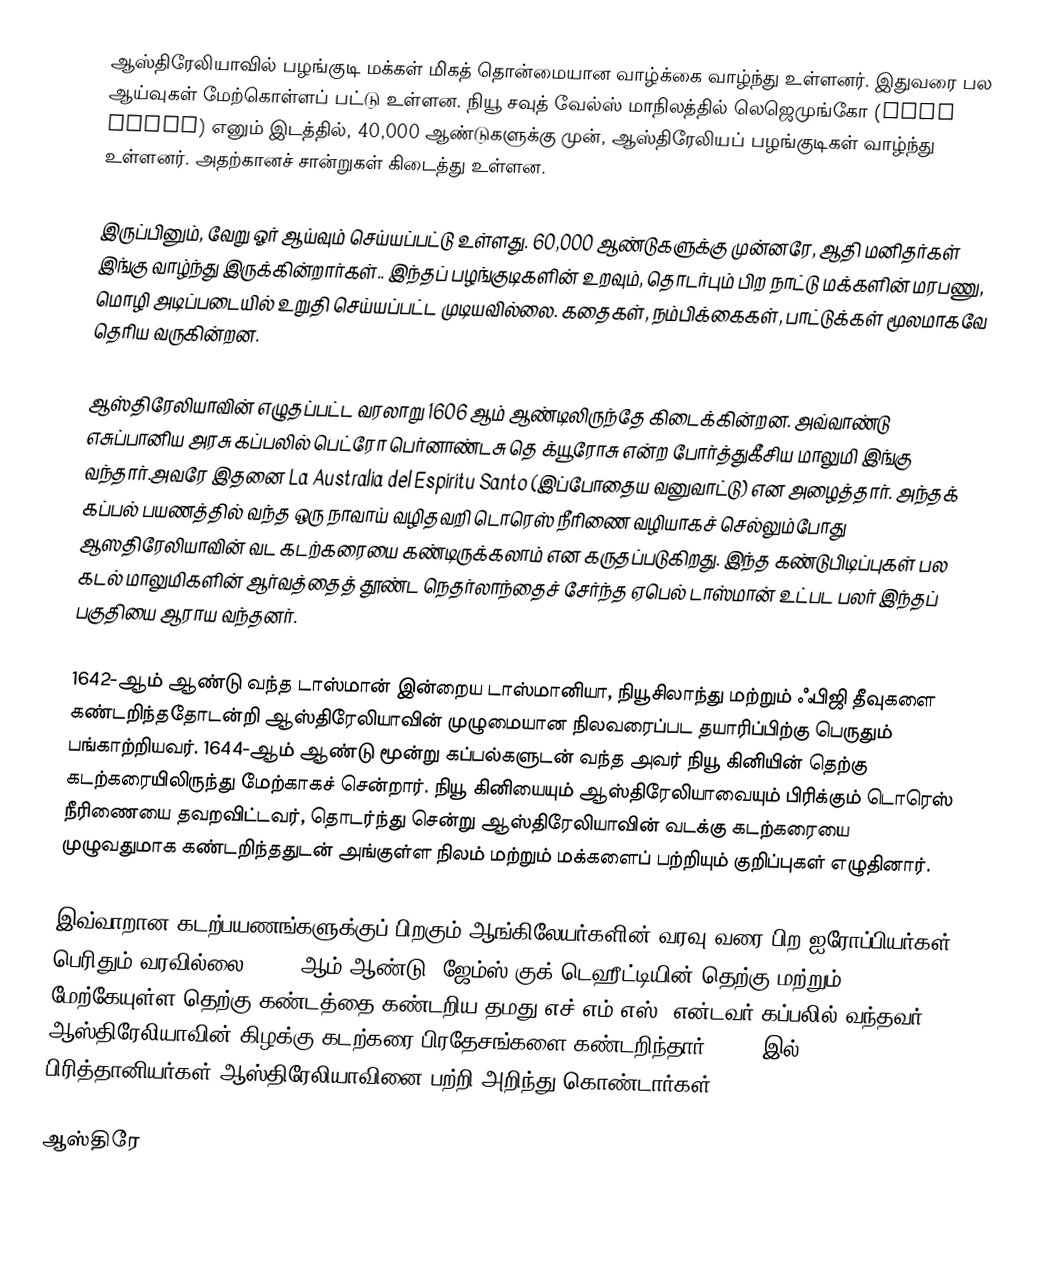
ஆஸ்திரேலியாவில் பழங்குடி மக்கள் மிகத் தொன்மையான வாழ்க்கை வாழ்ந்து உள்ளனர். இதுவரை பல ஆய்வுகள் மேற்கொள்ளப் பட்டு உள்ளன. நியூ சவுத் வேல்ஸ் மாநிலத்தில் லெஜெமுங்கோ (Laje Mungo) எனும் இடத்தில், 40,000 ஆண்டுகளுக்கு முன், ஆஸ்திரேலியப் பழங்குடிகள் வாழ்ந்து உள்ளனர். அதற்கானச் சான்றுகள் கிடைத்து உள்ளன.

இருப்பினும், வேறு ஓர் ஆய்வும் செய்யப்பட்டு உள்ளது. 60,000 ஆண்டுகளுக்கு முன்னரே, ஆதி மனிதர்கள் இங்கு வாழ்ந்து இருக்கின்றார்கள்.. இந்தப் பழங்குடிகளின் உறவும், தொடர்பும் பிற நாட்டு மக்களின் மரபணு, மொழி அடிப்படையில் உறுதி செய்யப்பட்ட முடியவில்லை. கதைகள், நம்பிக்கைகள், பாட்டுக்கள் மூலமாகவே தெரிய வருகின்றன.

ஆஸ்திரேலியாவின் எழுதப்பட்ட வரலாறு 1606 ஆம் ஆண்டிலிருந்தே கிடைக்கின்றன. அவ்வாண்டு எசுப்பானிய அரசு கப்பலில் பெட்ரோ பெர்னாண்டசு தெ க்யூரோசு என்ற போர்த்துகீசிய மாலுமி இங்கு வந்தார்.அவரே இதனை La Australia del Espiritu Santo (இப்போதைய வனுவாட்டு) என அழைத்தார். அந்தக் கப்பல் பயணத்தில் வந்த ஒரு நாவாய் வழிதவறி டொரெஸ் நீரிணை வழியாகச் செல்லும்போது ஆஸதிரேலியாவின் வட கடற்கரையை கண்டிருக்கலாம் என கருதப்படுகிறது. இந்த கண்டுபிடிப்புகள் பல கடல் மாலுமிகளின் ஆர்வத்தைத் தூண்ட நெதர்லாந்தைச் சேர்ந்த ஏபெல் டாஸ்மான் உட்பட பலர் இந்தப் பகுதியை ஆராய வந்தனர்.

1642-ஆம் ஆண்டு வந்த டாஸ்மான் இன்றைய டாஸ்மானியா, நியூசிலாந்து மற்றும் ஃபிஜி தீவுகளை கண்டறிந்ததோடன்றி ஆஸ்திரேலியாவின் முழுமையான நிலவரைப்பட தயாரிப்பிற்கு பெருதும் பங்காற்றியவர். 1644-ஆம் ஆண்டு மூன்று கப்பல்களுடன் வந்த அவர் நியூ கினியின் தெற்கு கடற்கரையிலிருந்து மேற்காகச் சென்றார். நியூ கினியையும் ஆஸ்திரேலியாவையும் பிரிக்கும் டொரெஸ் நீரிணையை தவறவிட்டவர், தொடர்ந்து சென்று ஆஸ்திரேலியாவின் வடக்கு கடற்கரையை முழுவதுமாக கண்டறிந்ததுடன் அங்குள்ள நிலம் மற்றும் மக்களைப் பற்றியும் குறிப்புகள் எழுதினார்.

இவ்வாறான கடற்பயணங்களுக்குப் பிறகும் ஆங்கிலேயர்களின் வரவு வரை பிற ஐரோப்பியர்கள் பெரிதும் வரவில்லை. 1769-ஆம் ஆண்டு, ஜேம்ஸ் குக் டெஹீட்டியின் தெற்கு மற்றும் மேற்கேயுள்ள தெற்கு கண்டத்தை கண்டறிய தமது எச்.எம்.எஸ். என்டவர் கப்பலில் வந்தவர் ஆஸ்திரேலியாவின் கிழக்கு கடற்கரை பிரதேசங்களை கண்டறிந்தார். 1770-இல் பிரித்தானியர்கள் ஆஸ்திரேலியாவினை பற்றி அறிந்து கொண்டார்கள்.

ஆஸ்திரே